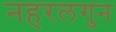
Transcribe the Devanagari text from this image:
नहरलगुन